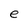
Character: e